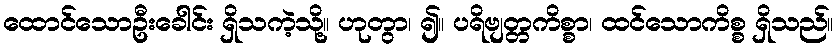
ထောင်သောဦးခေါင်း ရှိသကဲ့သို့။ ဟုတွာ၊ ၍။ ပရိဗျတ္တကိစ္စာ၊ ထင်သောကိစ္စ ရှိသည်။